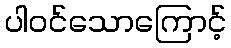
ပါဝင်သောကြောင့်